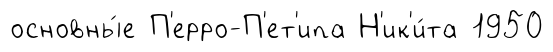
основны́е П'ерро-П'ет'ипа Н'ик'и́та 1950